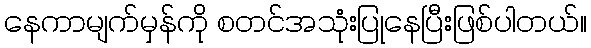
နေကာမျက်မှန်ကို စတင်အသုံးပြုနေပြီးဖြစ်ပါတယ်။